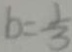
b = \frac { 1 } { 3 }